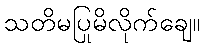
သတိမပြုမိလိုက်ချေ။